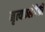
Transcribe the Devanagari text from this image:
नृत्यकलेपैकी